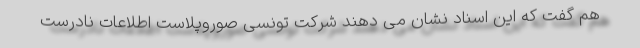
هم گفت که این اسناد نشان می دهند شرکت تونسی صوروپلاست اطلاعات نادرست